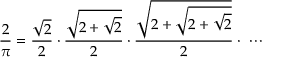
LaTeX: { \frac { 2 } { \pi } } = { \frac { \sqrt { 2 } } { 2 } } \cdot { \frac { \sqrt { 2 + { \sqrt { 2 } } } } { 2 } } \cdot { \frac { \sqrt { 2 + { \sqrt { 2 + { \sqrt { 2 } } } } } } { 2 } } \cdot \; \cdots